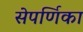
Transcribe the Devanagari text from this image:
सेपर्णिका